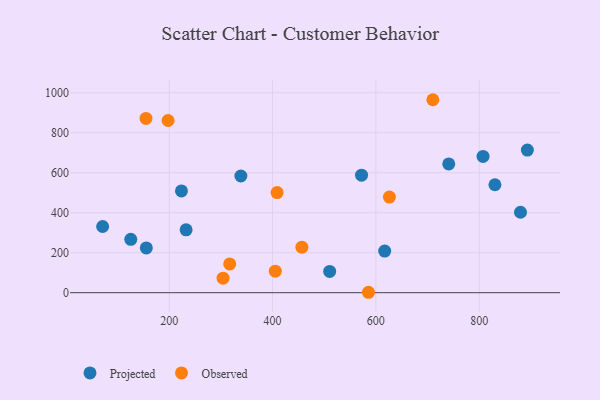
{"axis": {"x": "Study Hours", "y": "Demand"}, "legend": ["Observed", "Projected"], "data": [{"x": "338.7", "y": 583.7, "type": "Projected"}, {"x": "125.6", "y": 266.8, "type": "Projected"}, {"x": "510.6", "y": 106.6, "type": "Projected"}, {"x": "223.7", "y": 509.3, "type": "Projected"}, {"x": "232.7", "y": 314.3, "type": "Projected"}, {"x": "155.7", "y": 224.2, "type": "Projected"}, {"x": "572.3", "y": 587.9, "type": "Projected"}, {"x": "741.1", "y": 644.3, "type": "Projected"}, {"x": "893.3", "y": 713.4, "type": "Projected"}, {"x": "617.1", "y": 208.4, "type": "Projected"}, {"x": "71.1", "y": 331.1, "type": "Projected"}, {"x": "830.5", "y": 540.1, "type": "Projected"}, {"x": "880.0", "y": 402.4, "type": "Projected"}, {"x": "807.5", "y": 681.9, "type": "Projected"}, {"x": "317.1", "y": 143.8, "type": "Observed"}, {"x": "197.8", "y": 861.4, "type": "Observed"}, {"x": "710.3", "y": 965.3, "type": "Observed"}, {"x": "405.4", "y": 107.8, "type": "Observed"}, {"x": "304.2", "y": 72.8, "type": "Observed"}, {"x": "408.8", "y": 500.6, "type": "Observed"}, {"x": "585.7", "y": 2.1, "type": "Observed"}, {"x": "456.8", "y": 227.8, "type": "Observed"}, {"x": "626.3", "y": 478.1, "type": "Observed"}, {"x": "155.1", "y": 872.0, "type": "Observed"}]}